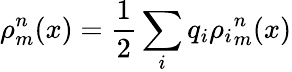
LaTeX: \rho_{m}^{n}(x)=\frac{1}{2}\sum_{i}q_{i}{\rho_{i}}_{m}^{n}(x)